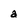
Character: a